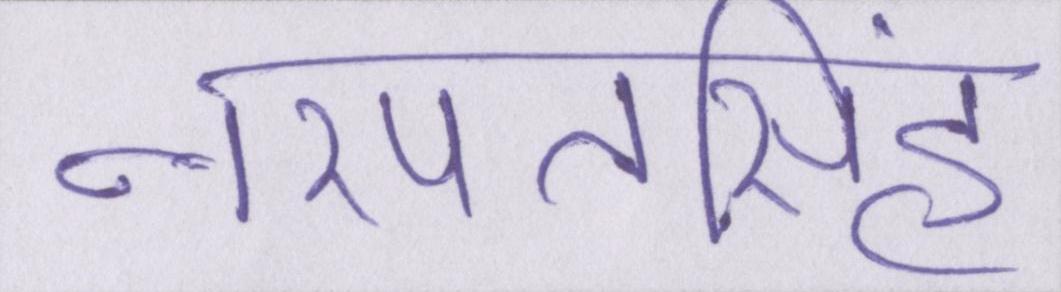
नरपतसिंह